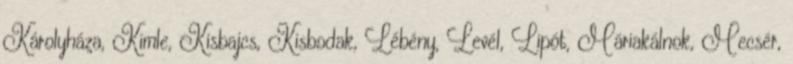
Károlyháza, Kimle, Kisbajcs, Kisbodak, Lébény, Levél, Lipót, Máriakálnok, Mecsér,